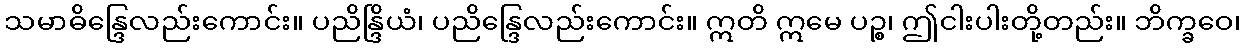
သမာဓိန္ဒြေလည်းကောင်း။ ပညိန္ဒြိယံ၊ ပညိန္ဒြေလည်းကောင်း။ ဣတိ ဣမေ ပဉ္စ၊ ဤငါးပါးတို့တည်း။ ဘိက္ခဝေ၊